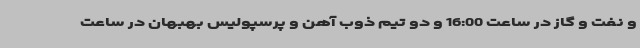
و نفت و گاز در ساعت 16:00 و دو تیم ذوب آهن و پرسپولیس بهبهان در ساعت